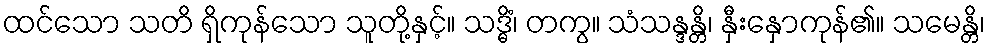
ထင်သော သတိ ရှိကုန်သော သူတို့နှင့်။ သဒ္ဓိံ၊ တကွ။ သံသန္ဒန္တိ၊ နှီးနှောကုန်၏။ သမေန္တိ၊